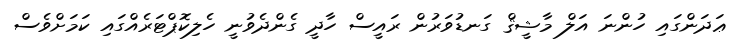
ޢަދަންގައި ހުންނަ އަލް މާޝީޤް ގަނޑުވަރުން ރައީސް ހާދީ ގެންދެވުނީ ހެލިކޮޕްޓަރެއްގައި ކަމަށްވެސް